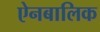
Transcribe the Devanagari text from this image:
ऐनबालिक